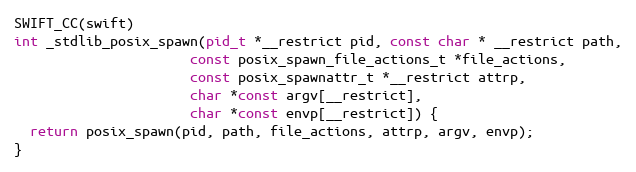
Language: C
SWIFT_CC(swift)
int _stdlib_posix_spawn(pid_t *__restrict pid, const char * __restrict path,
                      const posix_spawn_file_actions_t *file_actions,
                      const posix_spawnattr_t *__restrict attrp,
                      char *const argv[__restrict],
                      char *const envp[__restrict]) {
  return posix_spawn(pid, path, file_actions, attrp, argv, envp);
}